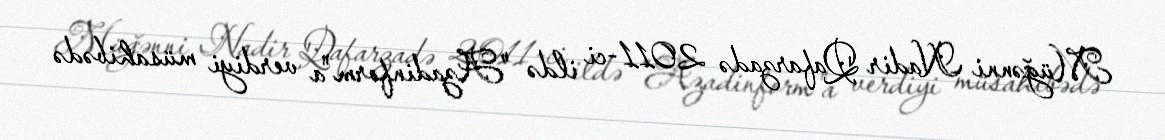
Müğənni Nadir Qafarzadə 2011-ci ildə "Azadinform"a verdiyi müsahibədə